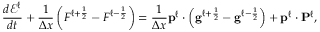
\frac { d \mathcal { E } ^ { \ell } } { d t } + \frac { 1 } { \Delta x } \left( F ^ { \ell + \frac { 1 } { 2 } } - F ^ { \ell - \frac { 1 } { 2 } } \right) = \frac { 1 } { \Delta x } \mathbf { p } ^ { \ell } \cdot \left( \mathbf { g } ^ { \ell + \frac { 1 } { 2 } } - \mathbf { g } ^ { \ell - \frac { 1 } { 2 } } \right) + \mathbf { p } ^ { \ell } \cdot \mathbf { P } ^ { \ell } ,